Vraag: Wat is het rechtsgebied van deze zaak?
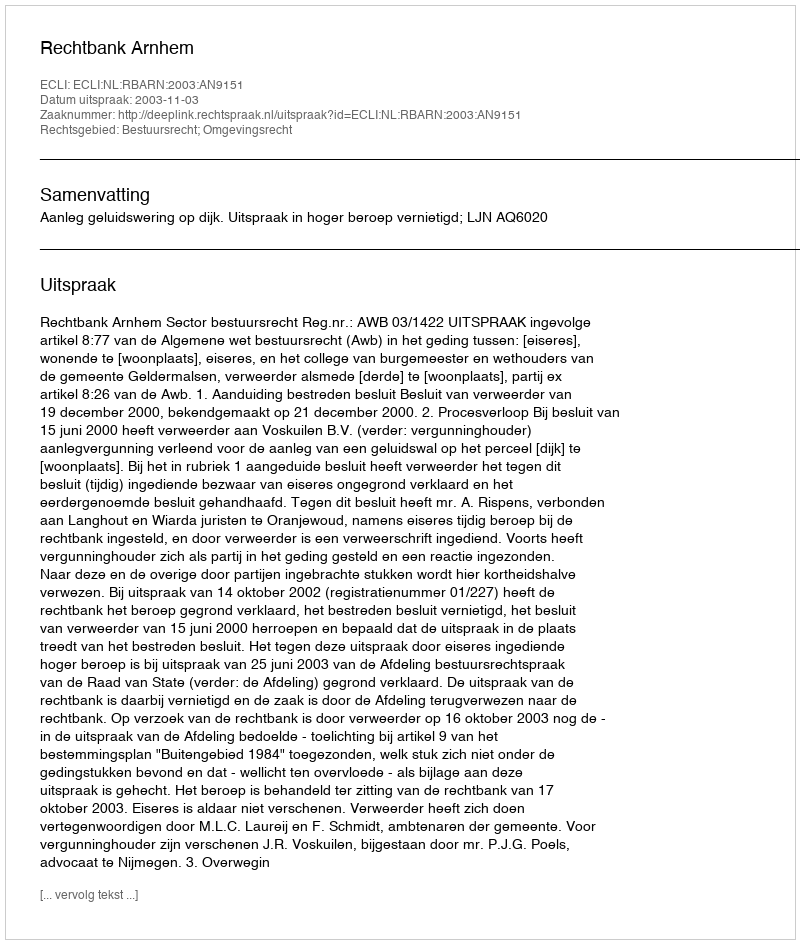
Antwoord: Bestuursrecht; Omgevingsrecht